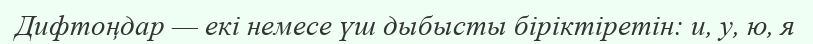
Дифтоңдар — екі немесе үш дыбысты біріктіретін: и, у, ю, я